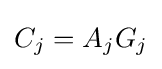
C_{j}=A_{j}G_{j}